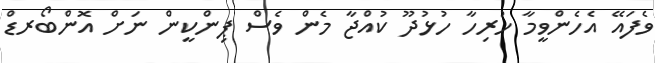
ވެފައޭ އެހެންވީމާ ހުރިހާ ހުޅުދޫ ކުއްޖާ މެން ވެސް ޕިންކީން ނަށް އޮންބޯރޑް